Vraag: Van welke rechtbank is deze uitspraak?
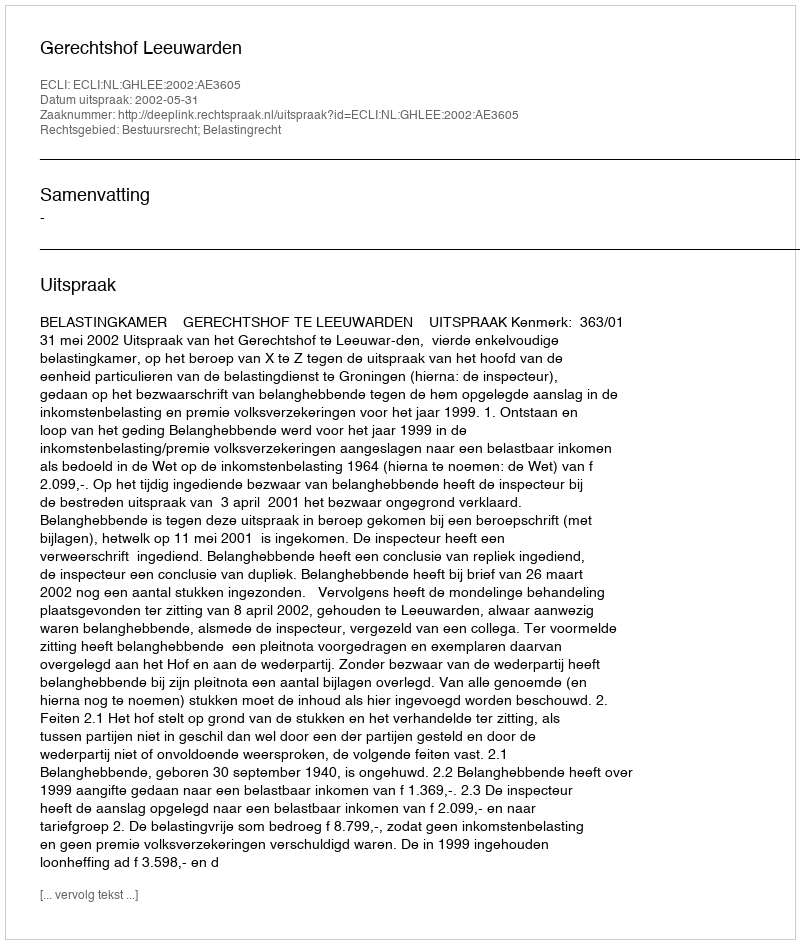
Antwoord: Gerechtshof Leeuwarden